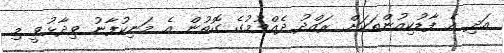
އަދި އެ ފާޑުކިއުންތަކަށް ރައްދު ދެއްވުމުގެ ގޮތުން އެ މަނިކުފާނު ވިދާޅުވީ މި